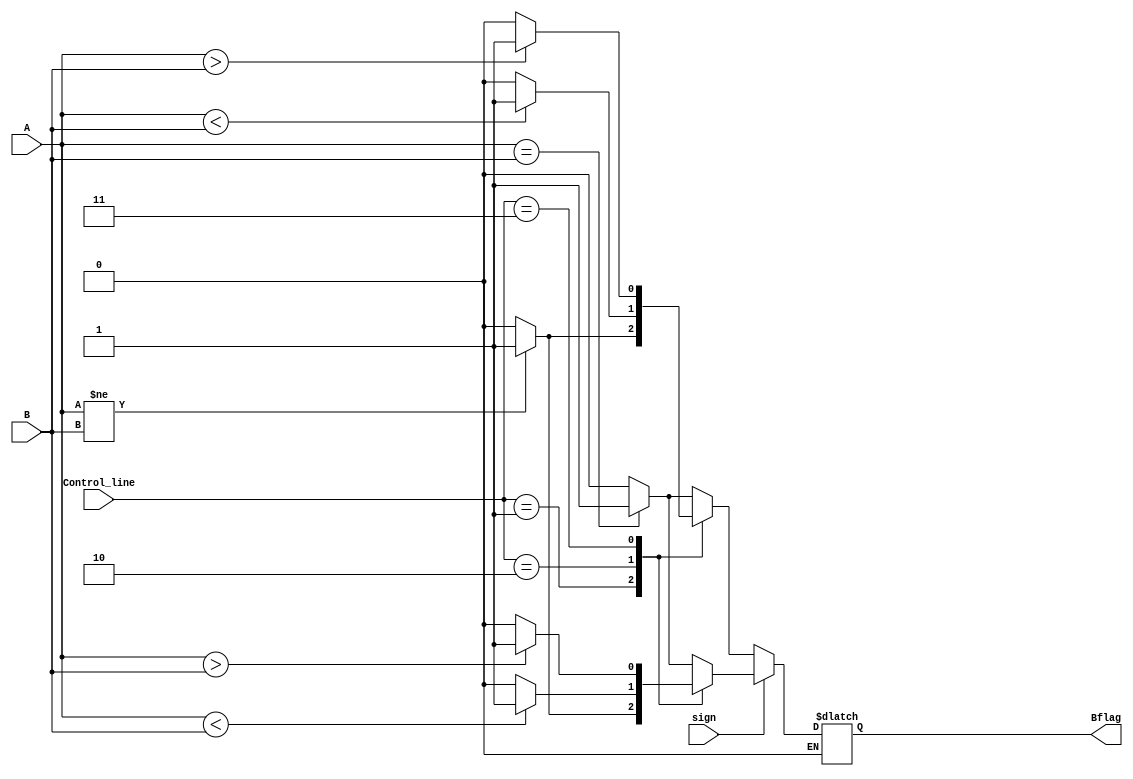

`timescale 1ns / 1ps
/*******************************************************************  
*  
* Module: comparator.v  
* Project: SSRisc  
* Description: this is a modified comparator that is used for all the branch 
*              instructions to output 1 bit if it is either equal, not equal, greater than or less than
*  
* Change history: 28/06/19 - created module
*                 28/06/19 - added sign bit to the control signals
*                 08/07/19 - Dr made a change: took the assign statments out of the always block.
*  **********************************************************************/ 


module comparator(
input [31:0] A, 
input [31:0] B,
input [1:0] Control_line,
input sign, // to determine whether signed or unsigned operation   
output reg  Bflag
    );
    
  
    wire signed [31:0] C, D; 
   
    //00 is BEQ, 01 is BNE, 10 BLT, 11 BGT
    assign C = A; 
    assign D = B;
    
    always @(*) 
    begin 
     // if input sign = 1, unsigned
    if (sign==1) begin 
            case(Control_line) 
            2'b00: begin 
                Bflag= (C==D) ? 1 : 0; 
            end  
            2'b01:begin 
                Bflag= (C!=D) ? 1 : 0; 
            end  
            2'b10:begin
                Bflag= (A<B) ? 1 : 0; 
            end 
            2'b11:begin 
                Bflag= (A>B) ? 1 : 0; 
            end 
            default: 
                Bflag= 0; 
            endcase 
        end 
    
    // if input sign = 0, signed
    else if (sign ==0) begin 
         case(Control_line) 
           2'b00: begin 
               Bflag= (C==D) ? 1 : 0; 
           end  
           2'b01:begin 
               Bflag= (C!=D) ? 1 : 0; 
           end  
           2'b10:begin
               Bflag= (C<D) ? 1 : 0; 
           end 
           2'b11:begin 
               Bflag= (C>D) ? 1 : 0; 
           end 
           default: 
               Bflag= 0; 
           endcase 
    end 
   end
   
endmodule